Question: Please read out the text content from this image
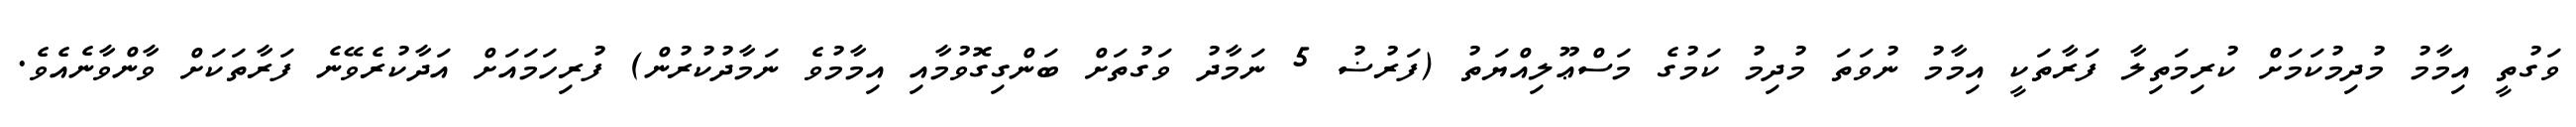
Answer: ވަގުތީ އިމާމު މުދިމުކަމަށް ކުރިމަތިލާ ފަރާތަކީ އިމާމު ނުވަތަ މުދިމު ކަމުގެ މަސްޢޫލިއްޔަތު (ފަރުޟު 5 ނަމާދު ވަގުތަށް ބަންގިގޮވުމާއި އިމާމުވެ ނަމާދުކުރުން) ފުރިހަމައަށް އަދާކުރެވޭނެ ފަރާތަކަށް ވާންވާނެއެވެ.